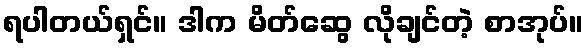
ရပါတယ်ရှင်။ ဒါက မိတ်ဆွေ လိုချင်တဲ့ စာအုပ်။